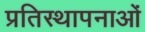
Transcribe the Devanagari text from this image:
प्रतिस्थापनाओं